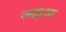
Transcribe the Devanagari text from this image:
आहुआ